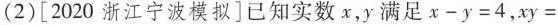
(2)[2020浙江宁波模拟]已知实数x，y满足$$x-y=4$$，xy=